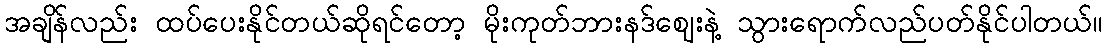
အချိန်လည်း ထပ်ပေးနိုင်တယ်ဆိုရင်တော့ မိုးကုတ်ဘားနဒ်ဈေးနဲ့ သွားရောက်လည်ပတ်နိုင်ပါတယ်။